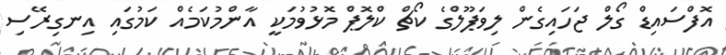
އޮފްސައިޑް ގޯލް ޖަހައިގެން ލިވަޕޫލްގެ ކޯޗް ކްލޮޕް މޮޅުވުމަކީ އާންމުކަމެއް ކަމުގައި އިނގިރޭސި